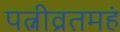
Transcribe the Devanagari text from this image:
पत्नीव्रतमहं